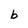
Character: b